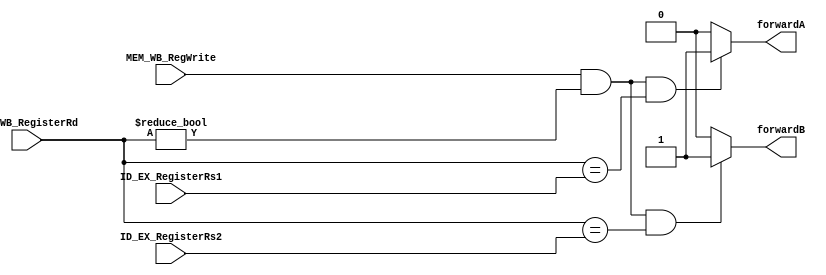
/*******************************************************************
*
* Module: Forwarding_Unit.v
*
**********************************************************************/
`timescale 1ns / 1ps

module Forwarding_Unit(
    output reg         forwardA, forwardB, 
    input  wire [31:0] ID_EX_RegisterRs1, ID_EX_RegisterRs2,
    input  wire [31:0] MEM_WB_RegisterRd, 
    input  wire MEM_WB_RegWrite 
);
    
    always@(*) begin
            if (
                    ( MEM_WB_RegWrite && (MEM_WB_RegisterRd != 0) 
                    && (MEM_WB_RegisterRd == ID_EX_RegisterRs1) )
               )
                        forwardA = 1'b1;  
            else        forwardA = 1'b0;
                        
            if (
                    ( MEM_WB_RegWrite && (MEM_WB_RegisterRd != 0)
                    && (MEM_WB_RegisterRd == ID_EX_RegisterRs2) )
                )
                        forwardB = 1'b1;   
             else       forwardB = 1'b0;
    end 
endmodule